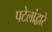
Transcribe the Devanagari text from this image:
पटेलांद्वारे